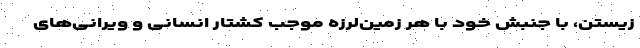
زیستن، با جنبش خود با هر زمین‌لرزه موجب کشتار انسانی و ویرانی‌های